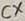
Text: CX